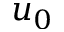
u _ { 0 }